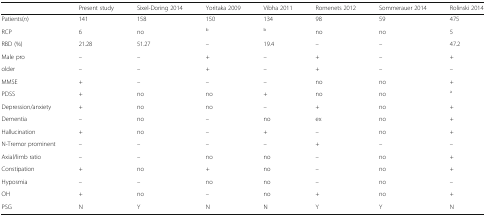
|  | Present study | Sixel-Doring 2014 | Yoritaka 2009 | Vibha 2011 | Romenets 2012 | Sommerauer 2014 | Rolinski 2014 |
 | --- | --- | --- | --- | --- | --- | --- | --- |
 | Patients(n) | 141 | 158 | 150 | 134 | 98 | 59 | 475 |
 | RCP | 6 | no | b | b | no | no | 5 |
 | RBD (%) | 21.28 | 51.27 | – | 19.4 | – | – | 47.2 |
 | Male pro | – | – | + | – | + | – | + |
 | older | – | – | + | – | + | – | – |
 | MMSE | + | – | – | – | no | no | + |
 | PDSS | + | no | no | + | no | no | a |
 | Depression/anxiety | + | no | no | – | + | no | + |
 | Dementia | – | no | – | no | ex | no | + |
 | Hallucination | + | no | – | + | – | no | + |
 | N-Tremor prominent | – | – | – | – | + | – | – |
 | Axial/limb ratio | – | – | no | no | – | no | + |
 | Constipation | + | no | + | no | – | no | + |
 | Hyposmia | – | – | no | no | – | no | – |
 | OH | + | no | – | no | + | no | + |
 | PSG | N | Y | N | N | Y | Y | N |